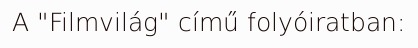
A "Filmvilág" című folyóiratban: